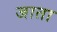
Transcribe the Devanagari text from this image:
जाता